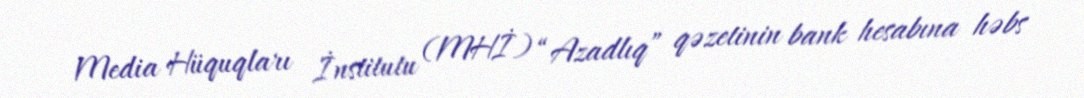
Media Hüquqları İnstitutu (MHİ) “Azadlıq” qəzetinin bank hesabına həbs